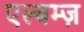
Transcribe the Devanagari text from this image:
एल्बम्ज़